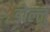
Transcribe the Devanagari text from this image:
डोल्लु